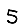
Digit: 5